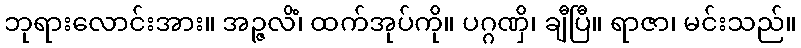
ဘုရားလောင်းအား။ အဉ္ဇလိံ၊ ထက်အုပ်ကို။ ပဂ္ဂဏှိ၊ ချီပြီ။ ရာဇာ၊ မင်းသည်။